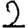
Digit: 2